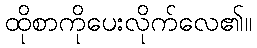
ထိုစာကိုပေးလိုက်လေ၏။